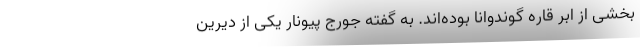
بخشی از ابر قاره گوندوانا بوده‌اند. به گفته جورج پیونار یکی از دیرین